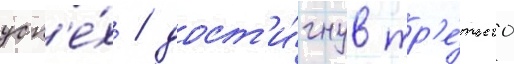
усп'е́х / дост'и́гнув тр'е́тьего